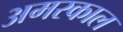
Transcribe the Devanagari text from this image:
अमरकाल